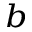
^ { b }